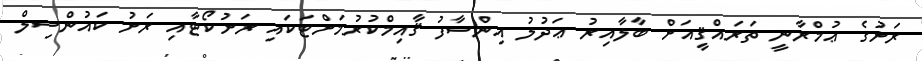
ރަށުގެ ޢުމްރާނީ ތަރައްޤީއަށް ބާލާއިރު ޢަދުލު އިންސާފު ޤާއިމްކުރުމަށްޓަކައި ރަށުކޯޓާއި ރަށު ކައުންސިލް